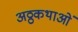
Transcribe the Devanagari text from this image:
अठ्ठकथाओं